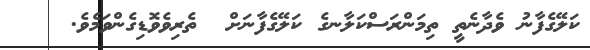
ކަލޭގެފާނު ވެދާނެތީ ތިމަންރަސްކަލާނގެ ކަލޭގެފާނަށް  ތެރިވެވޮޑިގެންވަމެވެ.